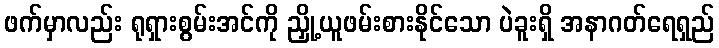
ဖက်မှာလည်း ရုရှားစွမ်းအင်ကို ညှို့ယူဖမ်းစားနိုင်သော ပဲခူးရှိ အနာဂတ်ရေရှည်